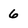
Character: 6